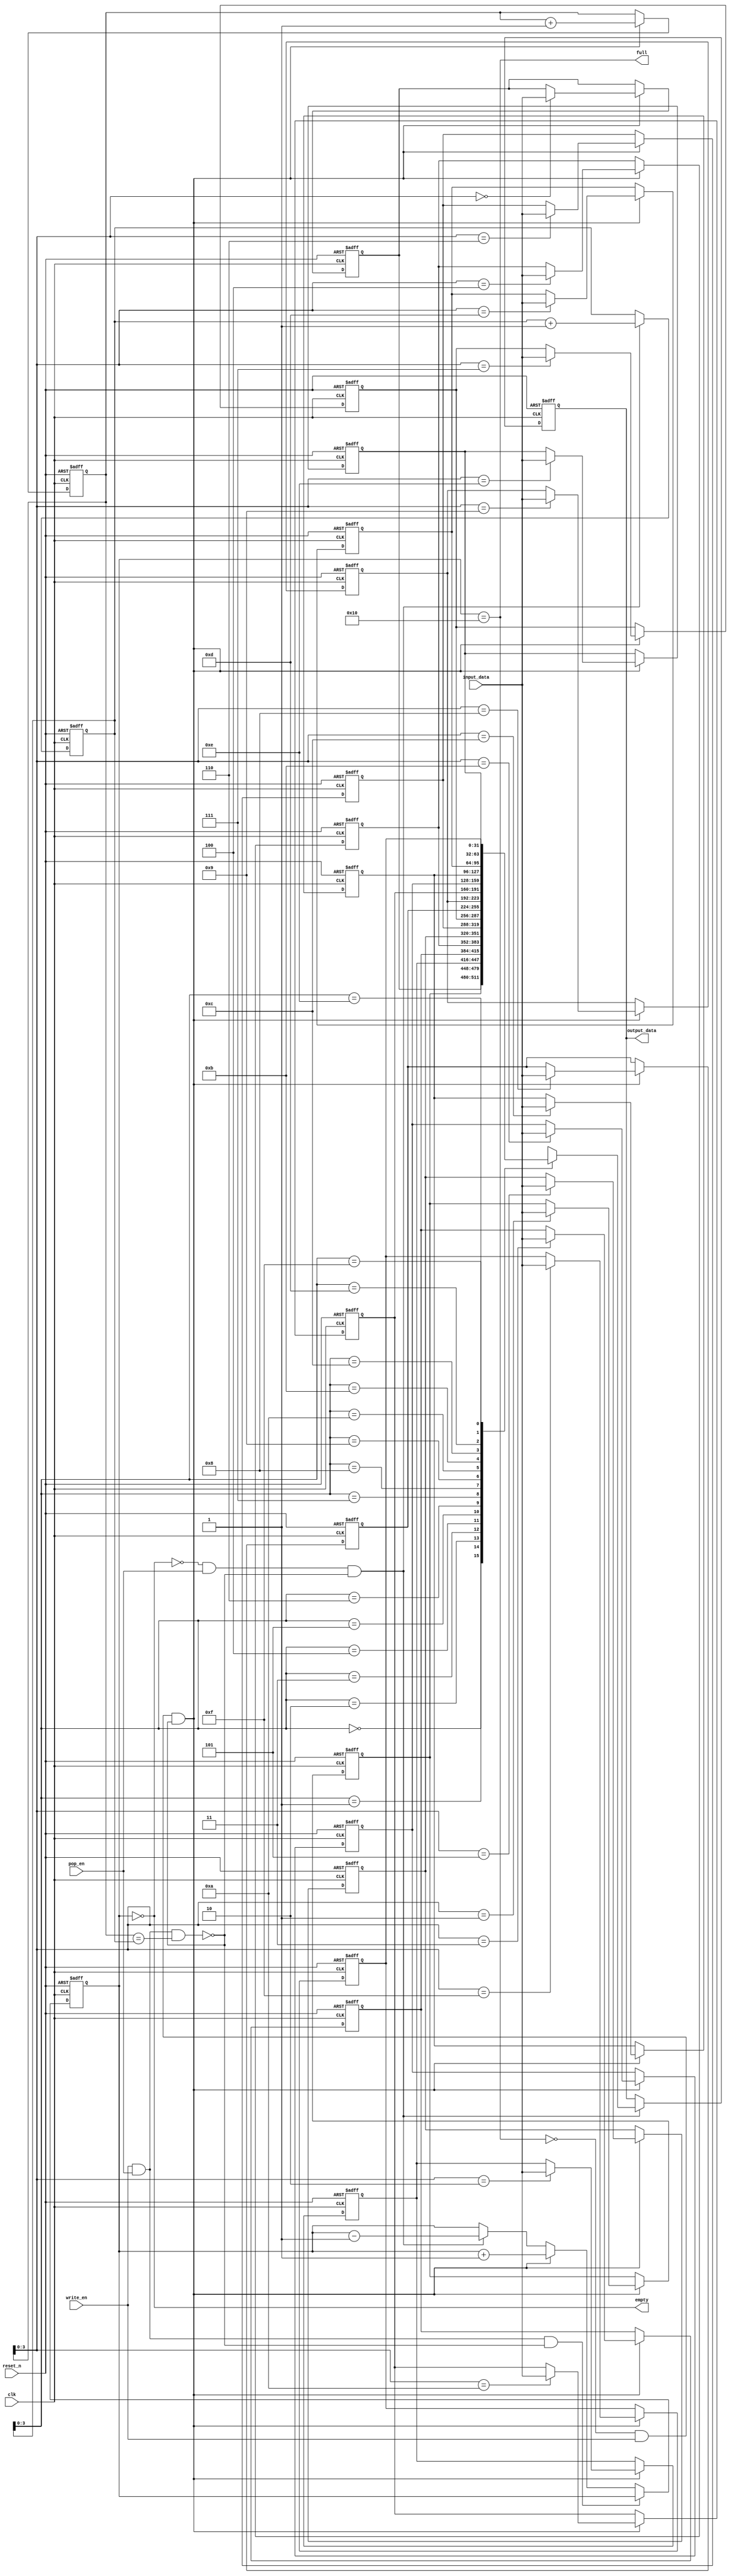
module axis_fifo_connection#(
    // fifo depth
    parameter integer FIFO_DEPTH            = 16,
    parameter integer FIFO_DATA_WIDTH       = 32
)(
    input wire clk,
    input wire reset_n,
    // axis slave
    input wire write_en,
    input wire [FIFO_DATA_WIDTH-1:0] input_data,
    // axis master
    input wire pop_en,
    // control signal
    output full,
    output empty,
    output reg [FIFO_DATA_WIDTH-1:0] output_data
);

localparam integer FIFO_DEPTH_BIT = clogb2(FIFO_DEPTH);

integer i;
wire collision;
wire write_condition;
wire read_condition;
reg  [FIFO_DEPTH_BIT-1:0] read_pointer;
reg  [FIFO_DEPTH_BIT-1:0] write_pointer;
reg  [FIFO_DEPTH_BIT-1:0] count;
reg  [FIFO_DATA_WIDTH-1:0] fifo_mem[0:FIFO_DEPTH-1];

assign collision = (write_en && pop_en && write_pointer == read_pointer);
assign write_condition = (!full && write_en && !collision);
assign read_condition = (!empty && pop_en && !collision);

always @(posedge clk or negedge reset_n) begin
    if(!reset_n) begin
        read_pointer <= 0;
    end else if(read_condition) begin
        read_pointer <= read_pointer + 1;
    end
end

always @(posedge clk or negedge reset_n) begin
    if(!reset_n) begin
        write_pointer <= 0;
    end else if(write_condition) begin
        write_pointer <= write_pointer + 1;
    end
end

always @(posedge clk or negedge reset_n) begin
    if(!reset_n) begin
        count <= 0;
    end else if(write_en && pop_en && !collision) begin
        count <= count;
    end else if(write_condition) begin
        count <= count + 1;
    end else if(read_condition) begin
        count <= count - 1;
    end
end

always @(posedge clk or negedge reset_n) begin
    if(!reset_n) begin
        for(i = 0; i < FIFO_DEPTH; i = i + 1) begin
            fifo_mem[i] <= {FIFO_DATA_WIDTH{1'b0}};
        end
    end else if(write_condition) begin
        fifo_mem[write_pointer] <= input_data;
    end
end

// output signal
assign full = (count == FIFO_DEPTH);
assign empty = (count == 0);
always @(posedge clk or negedge reset_n) begin
    if(!reset_n) begin
        output_data <= {FIFO_DATA_WIDTH{1'b0}};
    end else if(read_condition) begin
        output_data <= fifo_mem[read_pointer];
    end 
end

function integer clogb2 (input integer bit_depth);
    begin
    for(clogb2=0; bit_depth>0; clogb2=clogb2+1)
        bit_depth = bit_depth >> 1;
    end
endfunction

endmodule